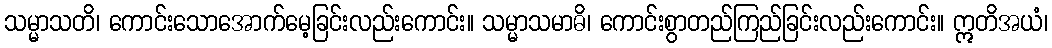
သမ္မာသတိ၊ ကောင်းသောအောက်မေ့ခြင်းလည်းကောင်း။ သမ္မာသမာဓိ၊ ကောင်းစွာတည်ကြည်ခြင်းလည်းကောင်း။ ဣတိအယံ၊